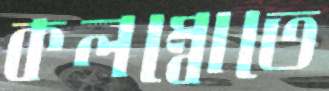
কলম্বোতে